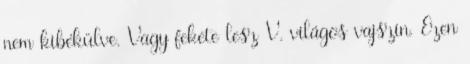
nem kibékülve. Vagy fekete lesz V. világos vajszín. Ezen